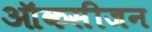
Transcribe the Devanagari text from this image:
ऑकसीजन